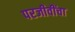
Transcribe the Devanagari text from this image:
परजीवींचा